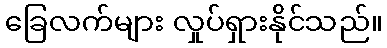
ခြေလက်များ လှုပ်ရှားနိုင်သည်။